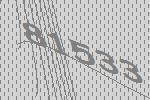
81533